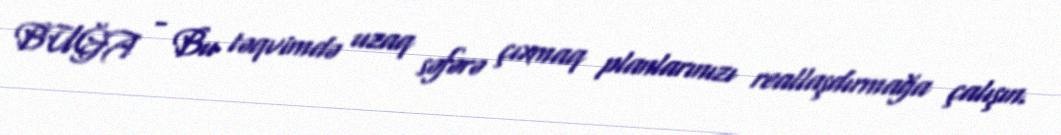
BUĞA - Bu təqvimdə uzaq səfərə çıxmaq planlarınızı reallaşdırmağa çalışın.